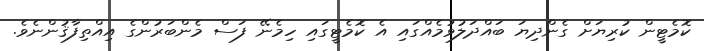
ކޮމެޓީން ކުރިޔަށް ގެންދިޔަ ބައްދަލުވުމެއްގައި އެ ކޮމެޓީގައި ހިމެނޭ ފަސް މެންބަރުންގެ އިއްތިފާޤުންނެވެ.